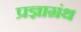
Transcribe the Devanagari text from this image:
प्रज्ञाग्रंथ